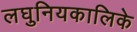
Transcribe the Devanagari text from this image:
लघुनियकालिके